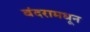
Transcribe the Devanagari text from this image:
बंदरामधून